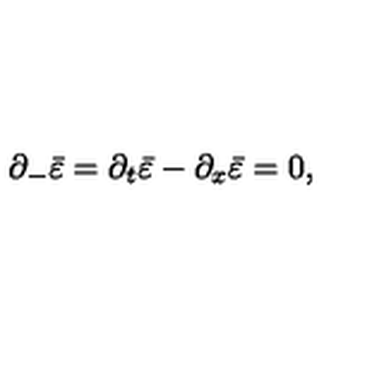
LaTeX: \partial _ { - } \bar { \varepsilon } = \partial _ { t } \bar { \varepsilon } - \partial _ { x } \bar { \varepsilon } = 0 ,